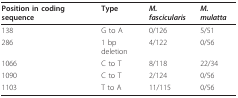
| Position in coding sequence | Type | M. fascicularis | M. mulatta |
 | --- | --- | --- | --- |
 | 138 | G to A | 0/126 | 5/51 |
 | 286 | 1 bp deletion | 4/122 | 0/56 |
 | 1066 | C to T | 8/118 | 22/34 |
 | 1090 | C to T | 2/124 | 0/56 |
 | 1103 | T to A | 11/115 | 0/56 |